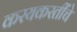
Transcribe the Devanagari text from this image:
करयकरतींचे